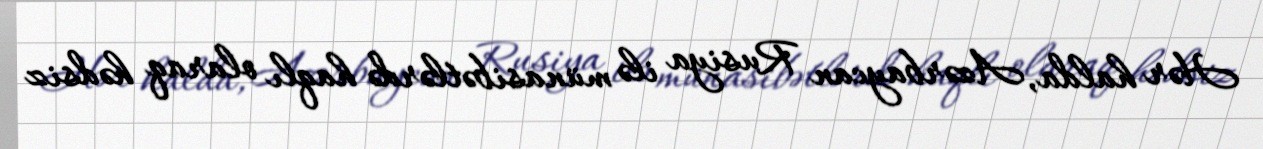
Hər halda, Azərbaycan Rusiya ilə münasibətlərdə haqlı olaraq hədsiz